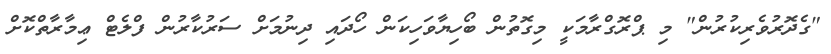
"ގެދޮރުވެރިކުރުން" މި ޕްރޮގްރާމަކީ މިގޮތުން ބޯހިޔާވަހިކަން ހޯދައި ދިނުމަށް ސަރުކާރުން ފްލެޓް ޢިމާރާތްކޮށް